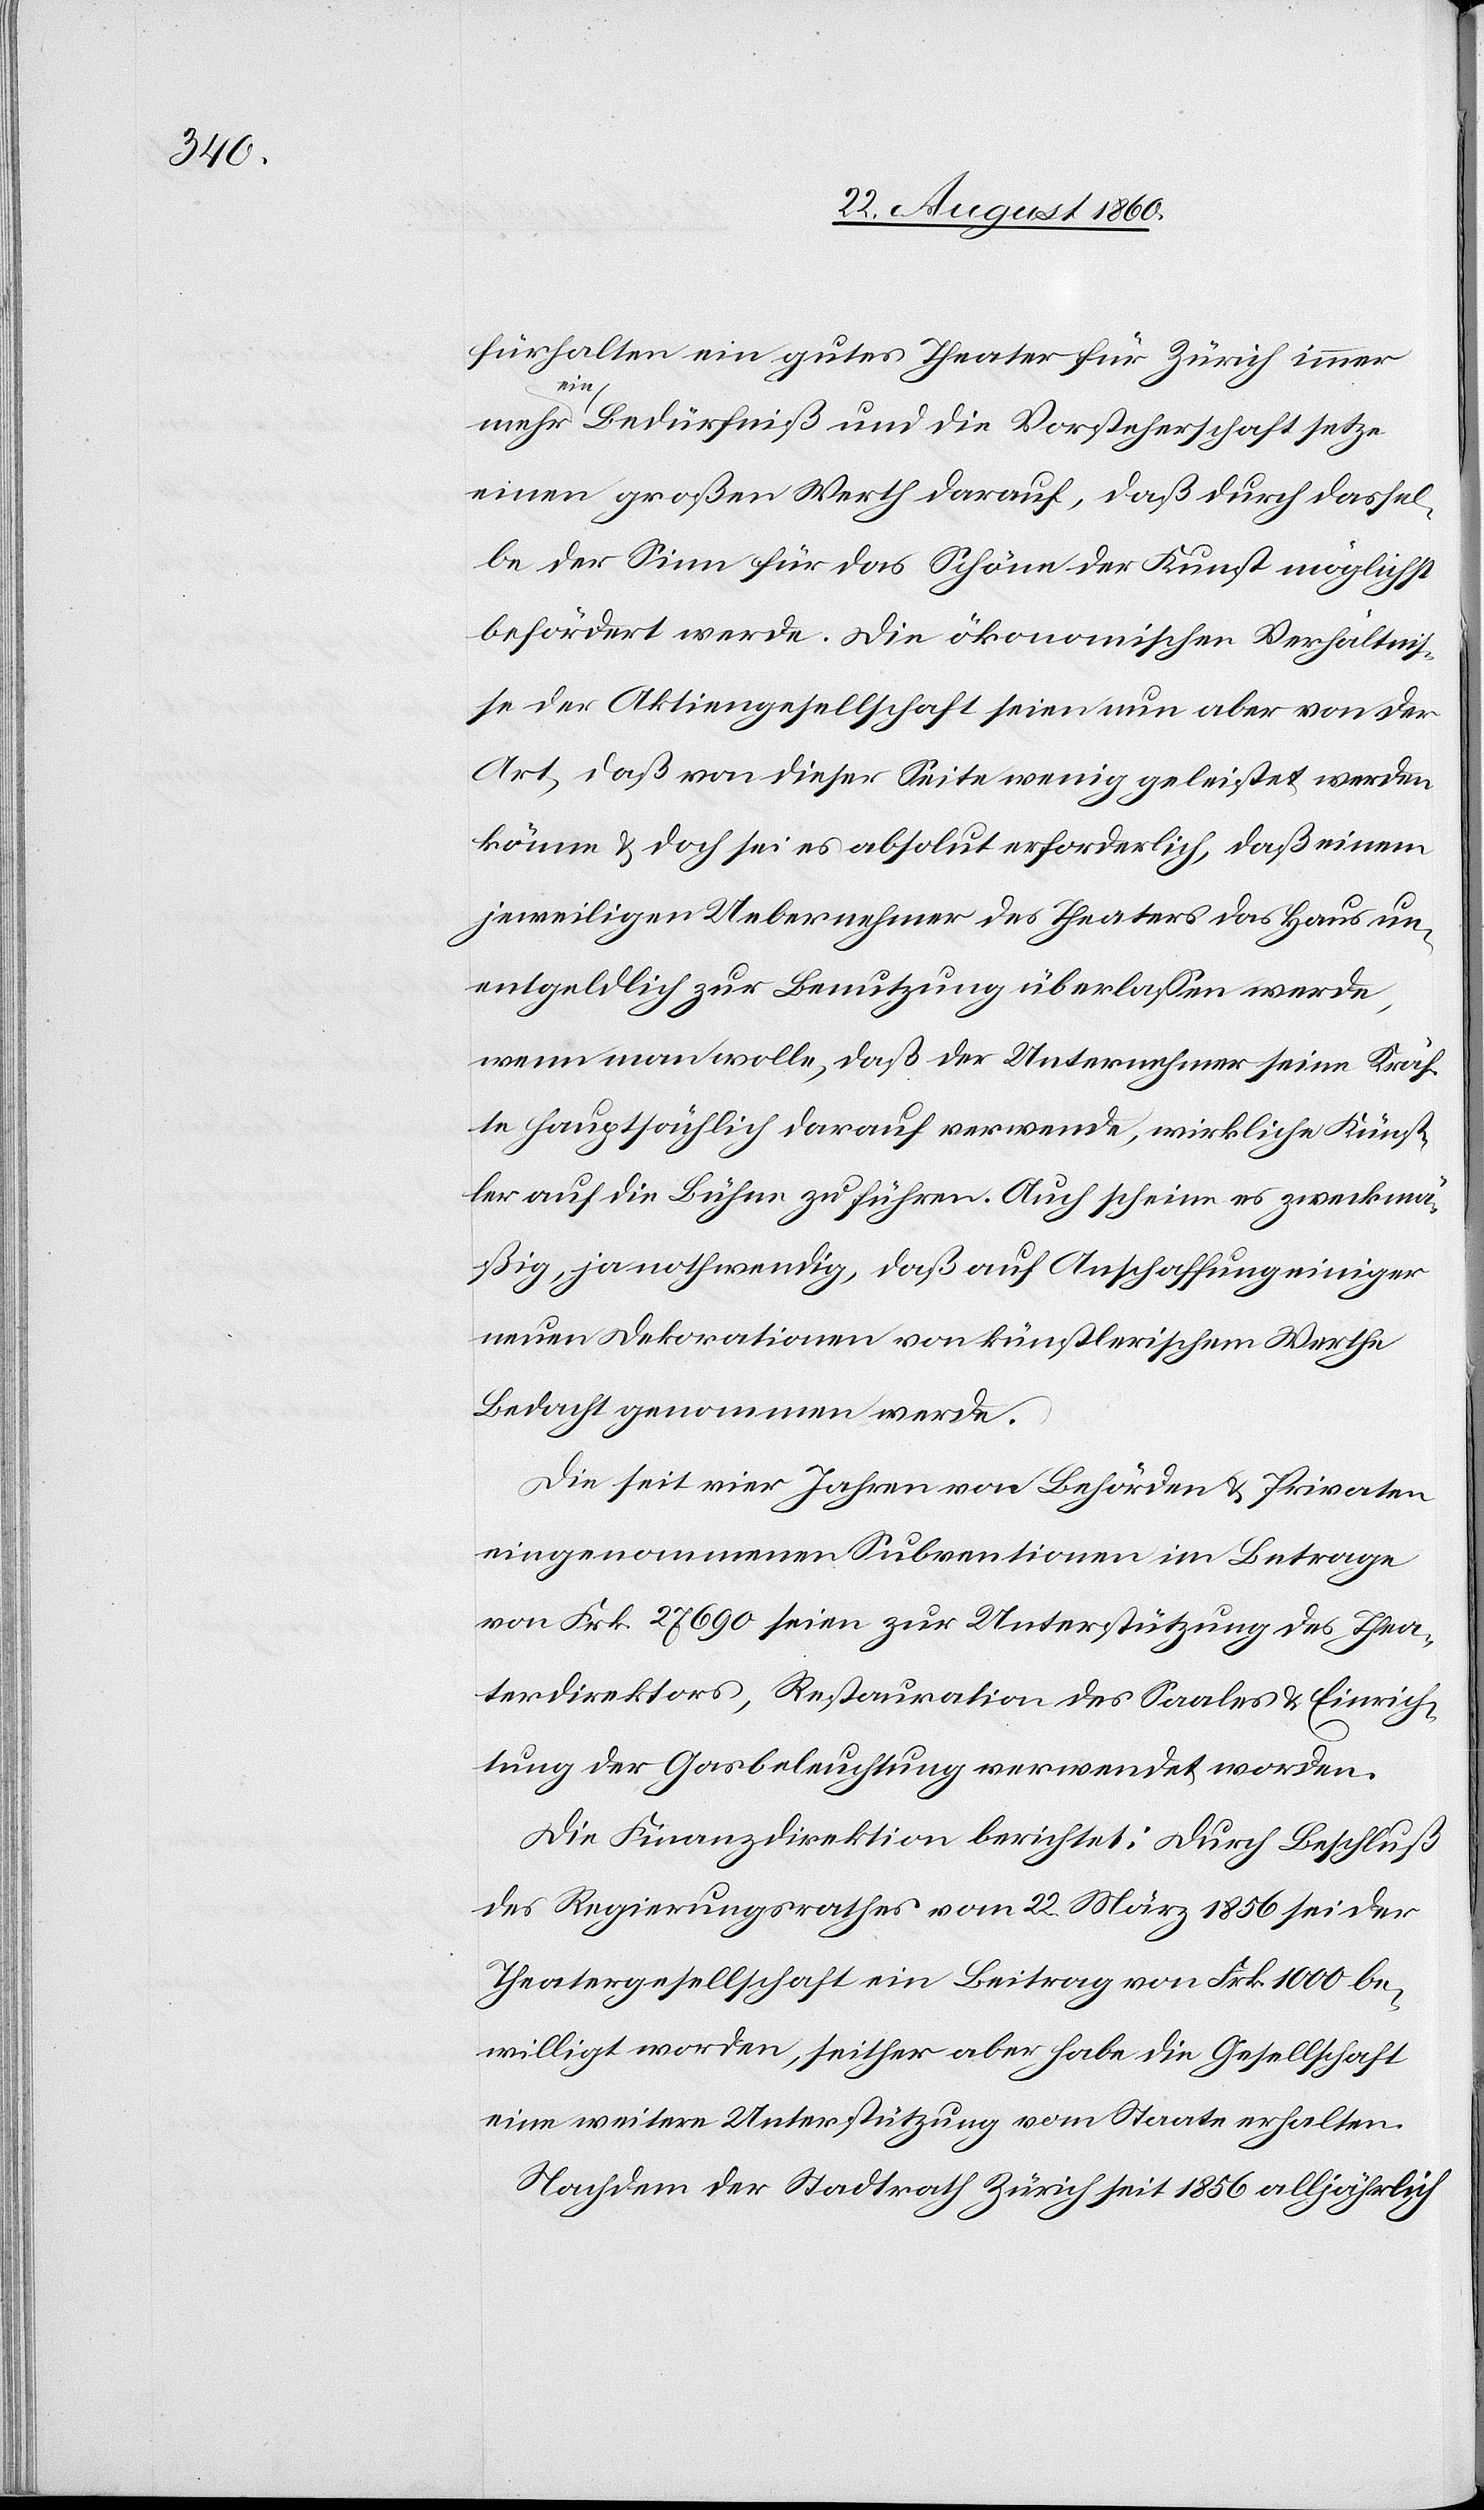
fürhalten ein gutes Theater für Zürich immer
mehr ein Bedürfniss und die Vorsteherschaft setze
einen grossen Werth darauf, dass durch dassel¬
be der Sinn für das Schöne der Kunst möglichst
befördert werde. Die oekonomischen Verhältnis¬
se der Aktiengesellschaft seien nun aber von der
Art, dass von dieser Seite wenig geleistet werden
könne u. doch sei es absolut erforderlich, dass einem
jeweiligen Uebernehmer des Theaters das Haus un¬
entgeldlich zur Benutzung überlassen werde,
wenn man wolle, dass der Unternehmer seine Kräf¬
te hauptsächlich darauf verwende, wirklich Künst¬
ler auf die Bühne zu führen. Auch scheine es zweckmä¬
ssig, ja nothwendig, dass auf Anschaffung einiger
neuen Dekorationen von künstlerischem Werthe
Bedacht genommen werde.
Die seit vier Jahren von Behörden und Privaten
eingenommenen Subventionen im Betrage
von fcs. 27,690. seien zur Unterstützung des Thea¬
terdirektors, Restauration des Saales u. Einrich¬
tung der Gasbeleuchtung verwendet worden.
Die Finanzdirektion berichtet. Durch Beschluss
des Regierungsrathes vom 22. März 1856 sei der
Theatergesellschaft ein Beitrag von fcs. 1000 be¬
willigt worden, seither aber habe die Gesellschaft
eine weitere Unterstützung vom Staate erhalten.
Nachdem der Stadtrath Zürich seit 1856 alljährlich